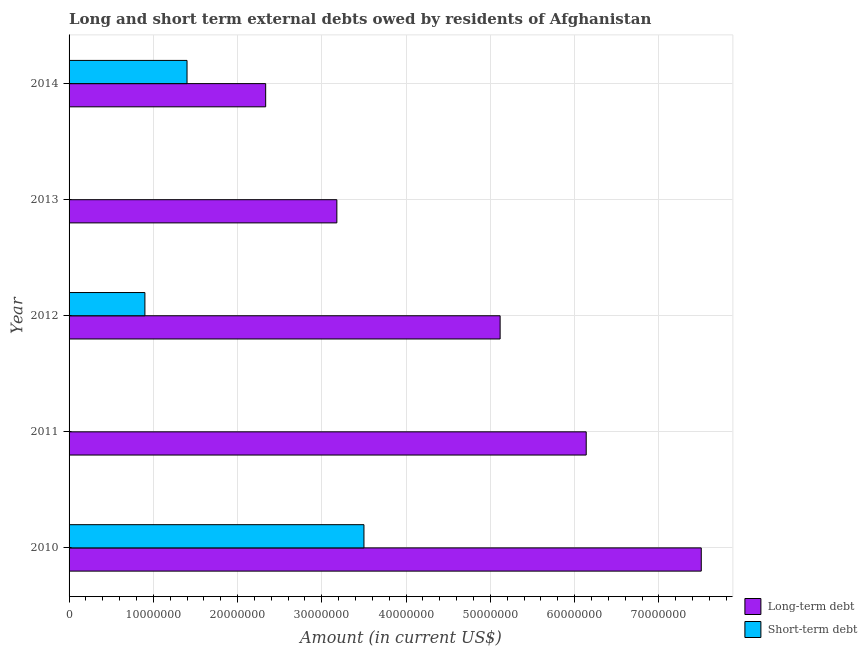
| Year | Long-term debt | Short-term debt |
 | --- | --- | --- |
 | 2010 | 7.5e+07 | 3.5e+07 |
 | 2011 | 6.14e+07 | -1.3e+07 |
 | 2012 | 5.12e+07 | 9e+06 |
 | 2013 | 3.18e+07 | -1.2e+07 |
 | 2014 | 2.33e+07 | 1.4e+07 |